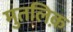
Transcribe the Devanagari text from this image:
मुतलिक़